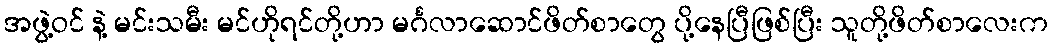
အဖွဲ့ဝင် နဲ့ မင်းသမီး မင်ဟိုရင်တို့ဟာ မင်္ဂလာဆောင်ဖိတ်စာတွေ ပို့နေပြီဖြစ်ပြီး သူတို့ဖိတ်စာလေးက